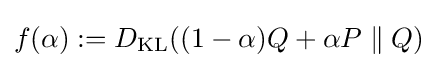
f(\alpha ):=D_{\text{KL}}((1-\alpha )Q+\alpha P\parallel Q)